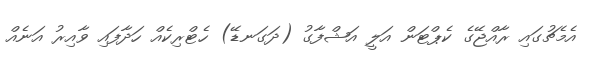
އެމެޗުގައި ރާއްޖޭގެ ކެޕްޓަން އަލީ އަޝްފާގު (ދަގަނޑޭ) ހެޓްރިކެއް ހަދާފައި ވާއިރު އަނެއް